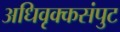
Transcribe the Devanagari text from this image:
अधिवृक्कसंपुट